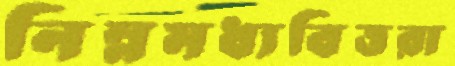
নিম্নমধ্যবিত্তরা